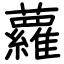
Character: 蘿